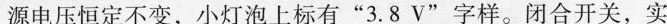
源电压恒定不变，小灯泡上标有“3.8V”字样。闭合开关，实